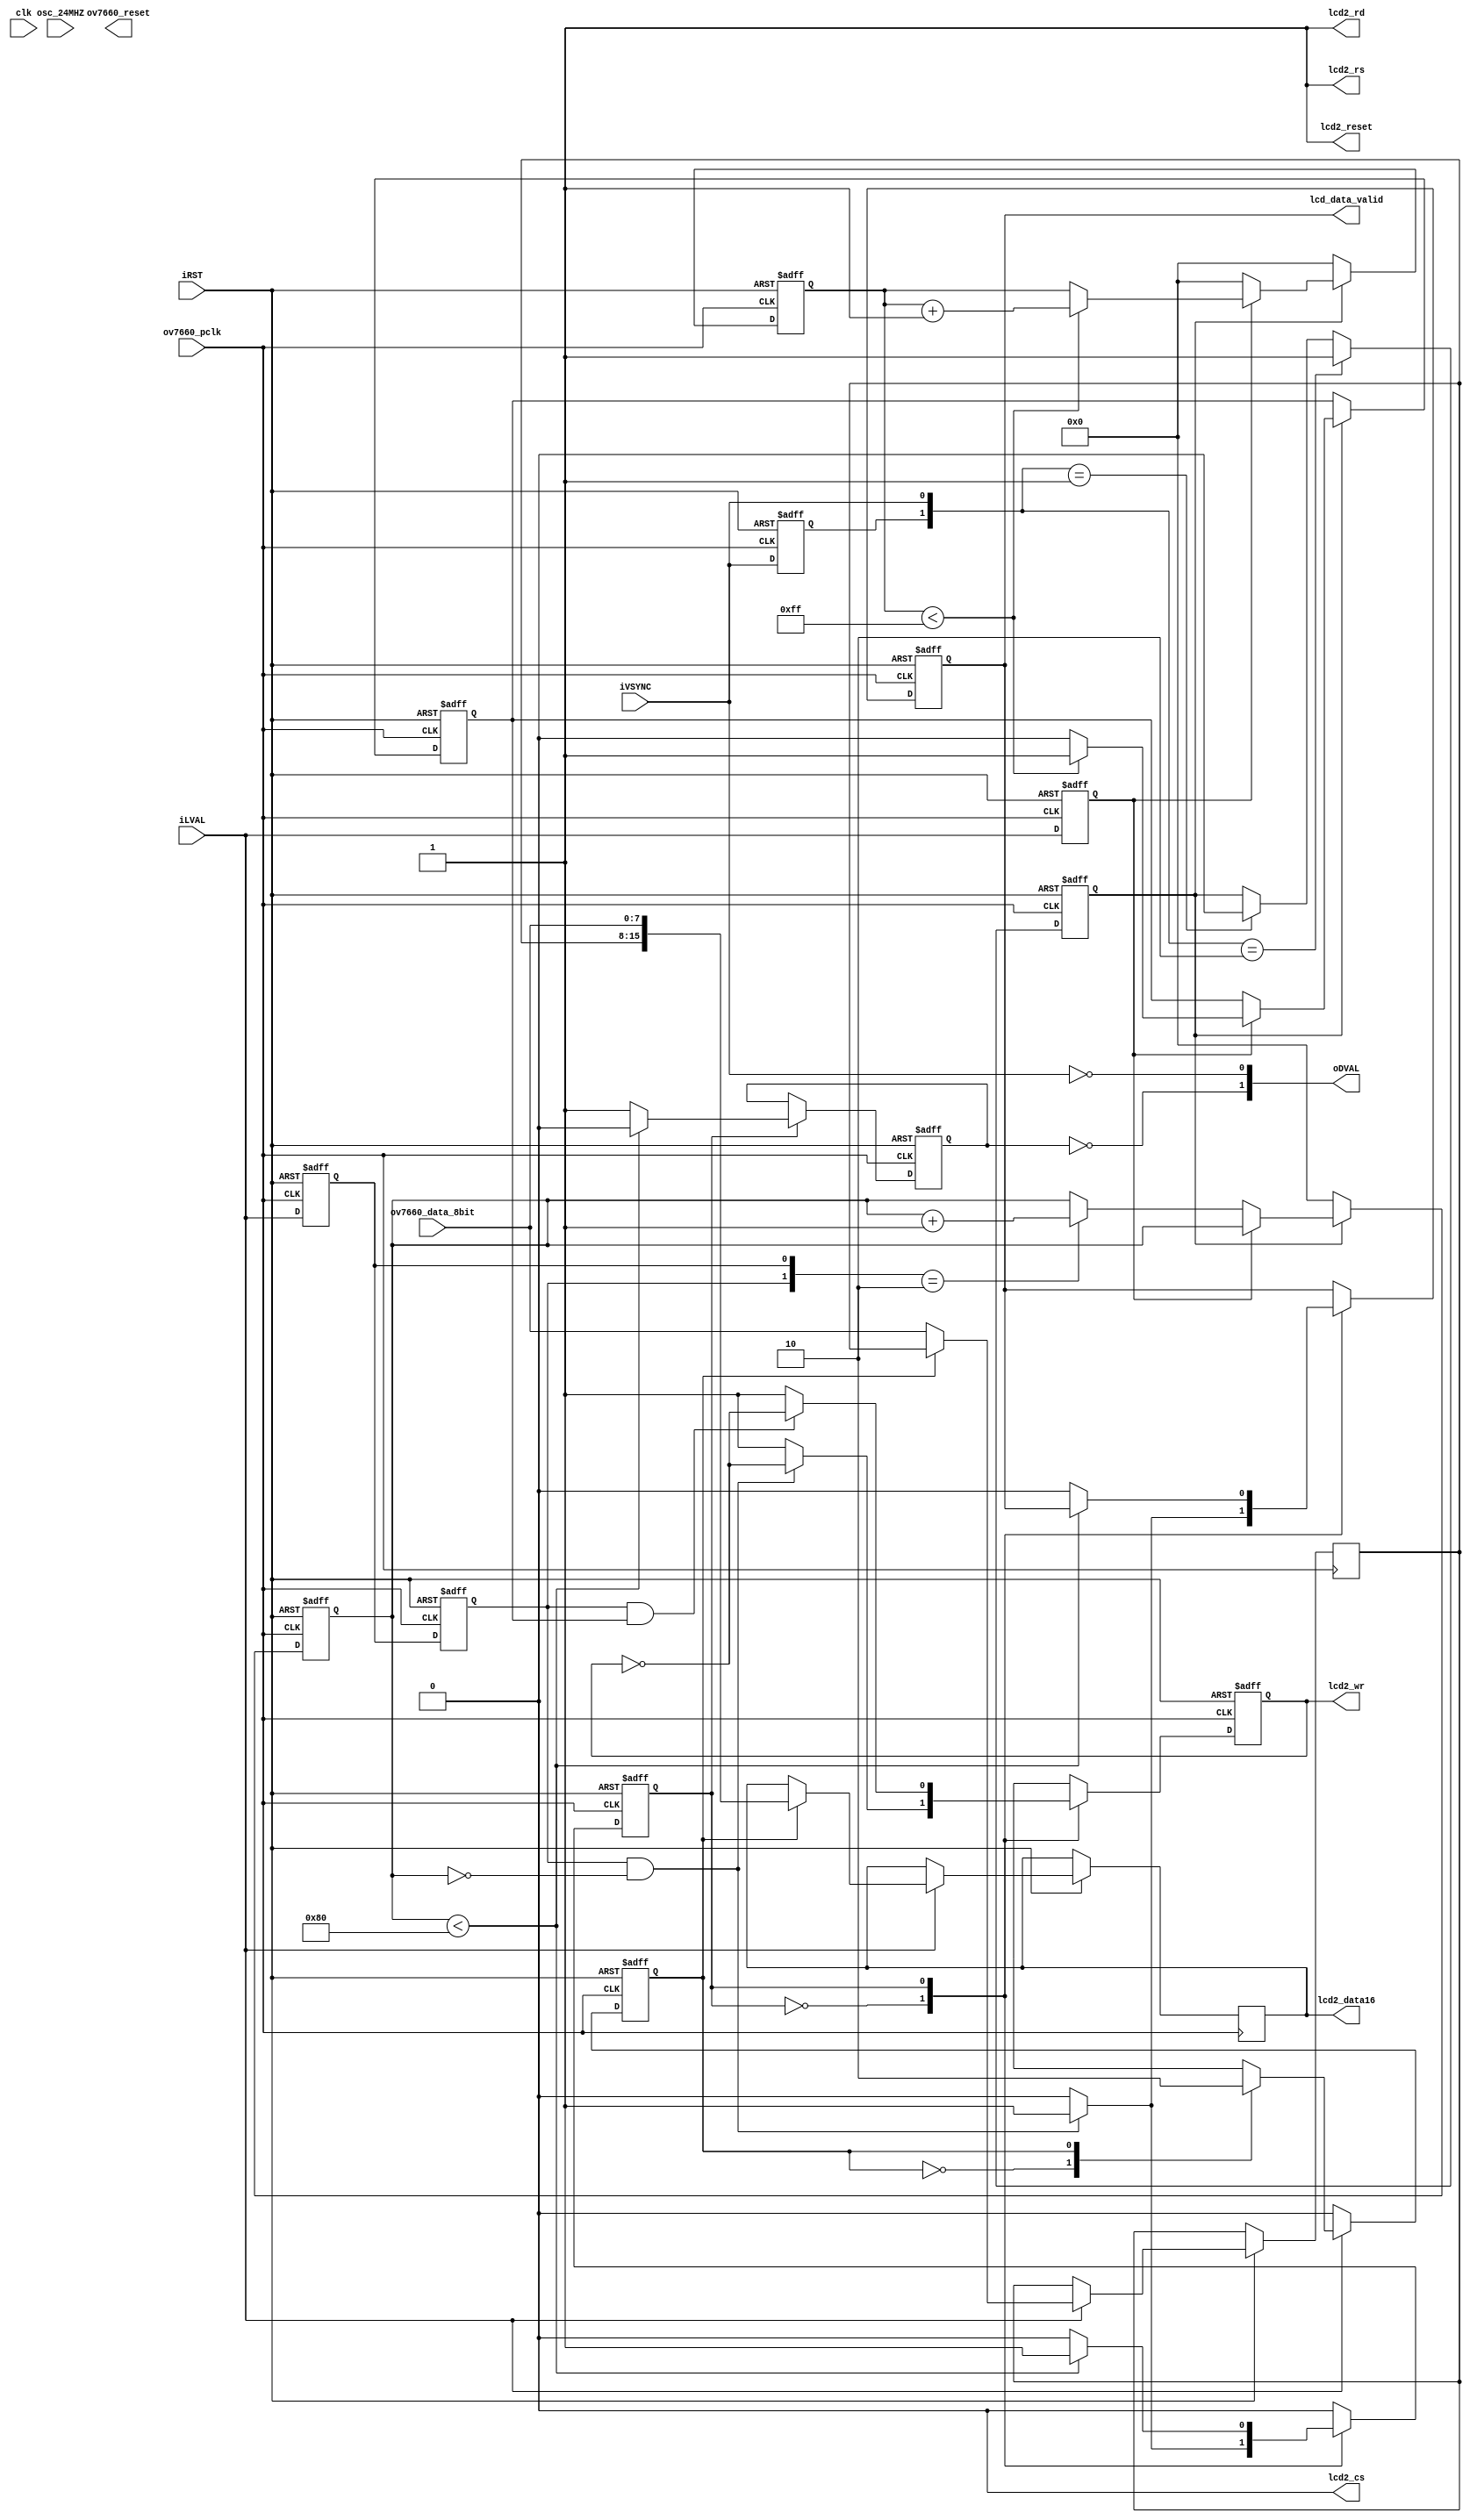
module cmos_top(
			osc_24MHZ,
			iRST,
			clk,
			
			//ov7660
			ov7660_reset,
		
			ov7660_pclk,
			ov7660_data_8bit,
			iVSYNC,
		    iLVAL,
			lcd2_cs,
			lcd2_wr,
			lcd2_rs,
			lcd2_reset,
			lcd2_rd,
			lcd2_data16,
			oDVAL,
			lcd_data_valid
		);
		input osc_24MHZ;
		input iRST;
		input clk;
		//ov7660
		output ov7660_reset;
		
		input ov7660_pclk;
		input [7:0] ov7660_data_8bit;
		input iVSYNC;
		input iLVAL;
		//tft
		output lcd2_cs;
		output lcd2_wr;
		output lcd2_rs;
		output lcd2_reset;
		output lcd2_rd;
		output [15:0] lcd2_data16;
		output lcd_data_valid;
///////////////////////////////////
		output [1:0]oDVAL;
wire iCLK;
assign iCLK = ov7660_pclk;
assign lcd2_wr = reg_lcd2_wr;    
assign lcd2_rs = 1'b1; 
assign lcd2_rd = 1'b1;
assign lcd2_cs = 1'b0;
assign lcd2_reset = 1'b1;
assign lcd2_data16[15:0] = ov7660_data_16bit[15:0];
		
reg				Pre_FVAL;
reg				mCCD_FVAL;
reg				mCCD_LVAL;
reg		[7:0]	mCCD_DATA;
reg		[10:0]	X_Cont;
reg		[10:0]	Y_Cont;
reg					frag_end;//register end of part of frame
reg 				  X_state;

assign	i0v7660_data_8bit[7:0]	= ov7660_data_8bit[7:0];

assign	oDVAL	[0]	=	~iVSYNC;//   tft_outenable & (~iVSYNC);	
assign	oDVAL	[1]	= ~frag_end;//
wire [7:0] i0v7660_data_8bit;
wire iFVAL;
////////////////////////////////
//
assign iFVAL = iVSYNC;
reg [1:0] temp_count;
always@(posedge iCLK or negedge iRST)
begin
	if(!iRST)
	begin
		Pre_FVAL	<=	0;
		mCCD_FVAL	<=	0;
		mCCD_LVAL	<=	0;
		mCCD_DATA[7:0]	<=	8'h00;
		X_Cont		<=	0;
		Y_Cont		<=	0;
		X_state	<=0;
	

	end
	else
	begin
		Pre_FVAL	<=	iFVAL;
		
		if( {Pre_FVAL,iFVAL}==2'b10)
		mCCD_FVAL	<=	1;
		else if({Pre_FVAL,iFVAL}==2'b01)
		mCCD_FVAL	<=	0;
		
		mCCD_LVAL	<=	iLVAL;
		if(mCCD_FVAL)
		begin
			if(mCCD_LVAL)
			begin
				if(X_Cont<255)//639
				begin
				X_Cont	<=	X_Cont+1'b1;
				X_state <=1'b1;
				end
				else
				begin
					X_state <=0;
					//*X_Cont	<=	0;
					//Y_Cont	<=	Y_Cont+1;
				end
			end
			else
			begin
			X_Cont	<=	0;
			if ({temp2,temp1}==2'b10)
			Y_Cont	<=	Y_Cont+1'b1;
			end
		end
		else
		begin
			X_Cont	<=	0;
			Y_Cont	<=	0;
			/*if(temp_count == 3)
				begin
				Y_Cont	<=	0;
				temp_count <= 2'b00;
				end
			else
				temp_count <= temp_count + 1'b1;*/
		end
	end
end
///////////////////////////////////////////////////////
//ov7660 data 8 bit to 16 bit

//OV7660 RGB565 -RRRRRGGGGGGBBBBB 

reg  state1;
reg [7:0] pre_i0v7660_data_8bit;
reg [15:0] ov7660_data_16bit;
always@(posedge iCLK or negedge iRST)
	if(!iRST)
		begin
			state1 <= 1'b0;
		end
	else
	begin
	if(iLVAL)
		case(state1)
		1'b0 : begin
			pre_i0v7660_data_8bit[7:0] <= i0v7660_data_8bit[7:0];
			state1 <= 1'b1;
			end
		1'b1 : begin
			ov7660_data_16bit[15:0] <= {pre_i0v7660_data_8bit[7:0],i0v7660_data_8bit[7:0]};

			state1 <= 1'b0;
			end
		default : state1 <= 1'b0;
		endcase
		else
		state1 <= 1'b0;
	end


reg temp1;
reg temp2;
always@(posedge iCLK or negedge iRST)
	if(!iRST)
		begin
			temp1 <= 1'b0;
			temp2 <= 1'b0;
		end
	else
		begin
			temp1 <= iLVAL;
			temp2 <= temp1;
		end		
	
reg reg_lcd2_wr;
reg write_state;
reg lcd_data_valid;
always@(negedge iCLK or negedge iRST)
	if(!iRST)
		begin
			frag_end <=1'b0;
			reg_lcd2_wr <= 1'b1;
			write_state <= 1'b0;
			lcd_data_valid <= 1'b0;
		end
	else 
		case(write_state)
			0 : if(temp2&(Y_Cont == 0)&tft_outenable)
				begin
					reg_lcd2_wr <= ~reg_lcd2_wr;
					write_state <= 1'b1;
					lcd_data_valid <= 1'b1;
				end
				else
					begin
					reg_lcd2_wr <= 1'b1;
					lcd_data_valid <= 1'b0;
					end
			1 : begin
				if(temp2 & X_state)
					reg_lcd2_wr <= ~reg_lcd2_wr;
				else
					reg_lcd2_wr <= 1'b1;
				if(Y_Cont < 128)//240
					begin
					frag_end <=1'b0;
					write_state <= 1'b1;
					end
				else
					begin
					frag_end <=1'b1;
					
					write_state <= 1'b0;
					lcd_data_valid <= 1'b0;
					end
				end
		endcase
reg [2:0] Frame_Cont;
reg tft_outenable=1'b1;
/*
always@(posedge iCLK or negedge iRST)
begin
	if(!iRST)
		Frame_Cont	<=	0;
	else
	begin
		if({Pre_FVAL,iFVAL}==2'b10)
			if(Frame_Cont < 7)
				begin
				Frame_Cont	<=	Frame_Cont+1'b1;
				tft_outenable <= 1'b0;
				end
			else
				tft_outenable <= 1'b1;
	end
end*/

endmodule